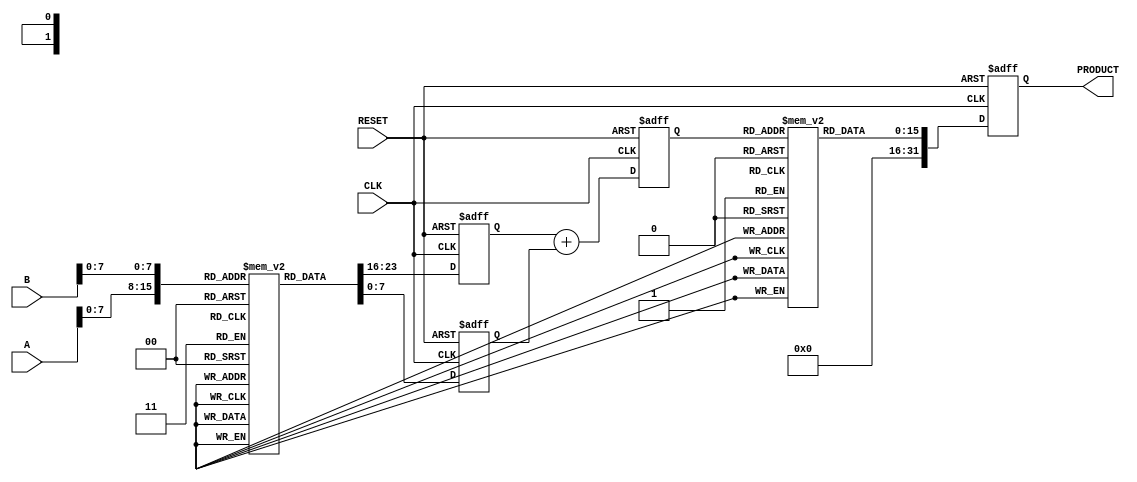
module LogarithmicMultiplier (
    input [15:0] A, // Input operand A
    input [15:0] B, // Input operand B
    output reg [31:0] PRODUCT, // Output product
    input CLK, // Clock signal
    input RESET // Reset signal
);

// Logarithm and Exponential LUTs (example values)
reg [15:0] log_lut [0:255]; // Logarithm Look-Up Table
reg [15:0] exp_lut [0:255]; // Exponential Look-Up Table

// Initialize LUTs (This should be filled with appropriate values)
initial begin
    // Fill log_lut with precomputed logarithm values
    // Fill exp_lut with precomputed exponential values
    // Example: log_lut[0] = 0, log_lut[1] = 0, log_lut[2] = 1, etc...
    // Example: exp_lut[0] = 1, exp_lut[1] = 2, exp_lut[2] = 4, etc...
end

// Internal signals
reg [15:0] log_A;
reg [15:0] log_B;
reg [15:0] log_sum;

// Logarithm Calculation
always @(posedge CLK or posedge RESET) begin
    if (RESET) begin
        log_A <= 0;
        log_B <= 0;
        log_sum <= 0;
        PRODUCT <= 0;
    end else begin
        // Assume A and B are in the range [1, 256] for LUT access
        log_A <= log_lut[A[7:0]]; // Get log of A
        log_B <= log_lut[B[7:0]]; // Get log of B
        
        // Add logarithmic values
        log_sum <= log_A + log_B;

        // Get exponentiation result
        PRODUCT <= exp_lut[log_sum[7:0]]; // Get exp of log_sum
    end
end

endmodule